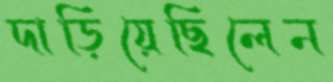
দাড়িয়েছিলেন